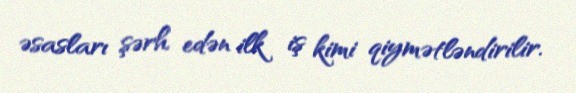
əsasları şərh edən ilk iş kimi qiymətləndirilir.